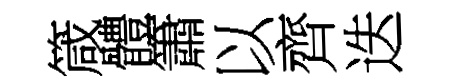
箴體簫以齊迭